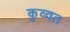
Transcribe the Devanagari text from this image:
कुव्‍वत